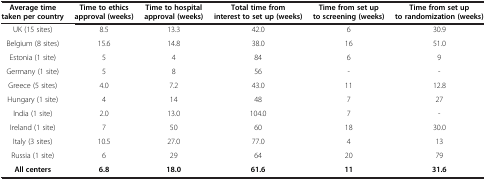
<table><thead><tr><td><b>Average time taken per country</b></td><td><b>Time to ethics approval (weeks)</b></td><td><b>Time to hospital approval (weeks)</b></td><td><b>Total time from interest to set up (weeks)</b></td><td><b>Time from set up to screening (weeks)</b></td><td><b>Time from set up to randomization (weeks)</b></td></tr></thead><tbody><tr><td>UK (15 sites)</td><td>8.5</td><td>13.3</td><td>42.0</td><td>6</td><td>30.9</td></tr><tr><td>Belgium (8 sites)</td><td>15.6</td><td>14.8</td><td>38.0</td><td>16</td><td>51.0</td></tr><tr><td>Estonia (1 site)</td><td>5</td><td>4</td><td>84</td><td>6</td><td>9</td></tr><tr><td>Germany (1 site)</td><td>5</td><td>8</td><td>56</td><td>-</td><td>-</td></tr><tr><td>Greece (5 sites)</td><td>4.0</td><td>7.2</td><td>43.0</td><td>11</td><td>12.8</td></tr><tr><td>Hungary (1 site)</td><td>4</td><td>14</td><td>48</td><td>7</td><td>27</td></tr><tr><td>India (1 site)</td><td>2.0</td><td>13.0</td><td>104.0</td><td>7</td><td>-</td></tr><tr><td>Ireland (1 site)</td><td>7</td><td>50</td><td>60</td><td>18</td><td>30.0</td></tr><tr><td>Italy (3 sites)</td><td>10.5</td><td>27.0</td><td>77.0</td><td>4</td><td>13</td></tr><tr><td>Russia (1 site)</td><td>6</td><td>29</td><td>64</td><td>20</td><td>79</td></tr><tr><td><b>All centers</b></td><td><b>6.8</b></td><td><b>18.0</b></td><td><b>61.6</b></td><td><b>11</b></td><td><b>31.6</b></td></tr></tbody></table>